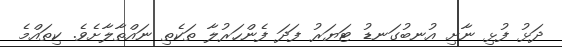
ދަޅު ފުޅި ނާށި އުނބުގަނޑު ޓަޔަރު ފަދަ ފެންހަރުލާ ތަކެތި ނައްތާލާށެވެ. ކިތައްމެ